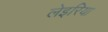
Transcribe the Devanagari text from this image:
लेइरिया